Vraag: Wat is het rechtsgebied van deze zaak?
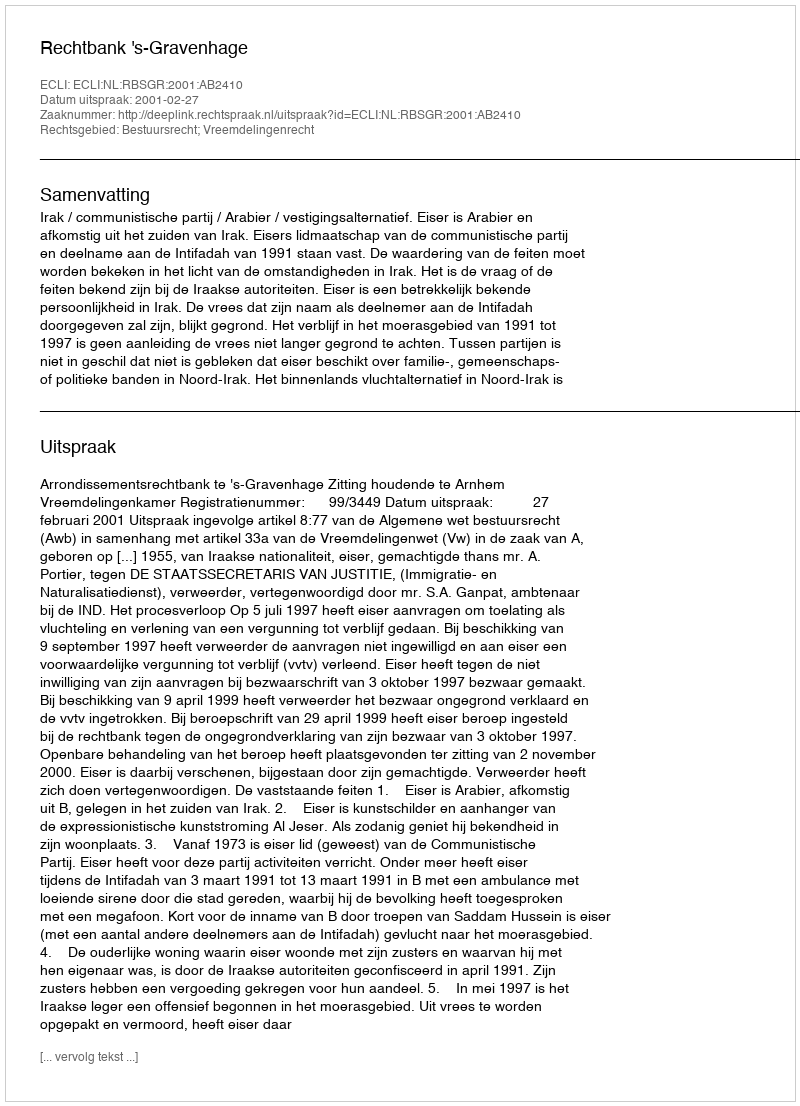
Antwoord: Bestuursrecht; Vreemdelingenrecht